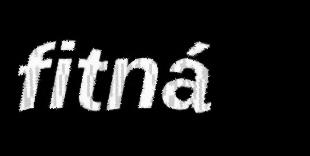
fitná